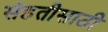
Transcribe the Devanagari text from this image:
संहतीसाठी